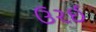
ઉરઈ